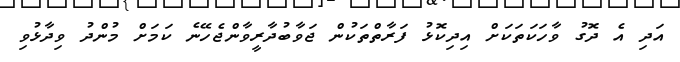
އަދި އެ ދޮގު ވާހަކަތަކަށް އިދިކޮޅު ފަރާތްތަކުން ޖަވާބުދާރީވާންޖެހޭނެ ކަމަށް މުންދު ވިދާޅުވި